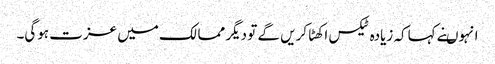
انہوںنے کہاکہ زیادہ ٹیکس اکھٹا کریں گے تو دیگر ممالک میں عزت ہوگی۔